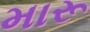
મારૂ